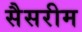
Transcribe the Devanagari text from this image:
सैसरीम